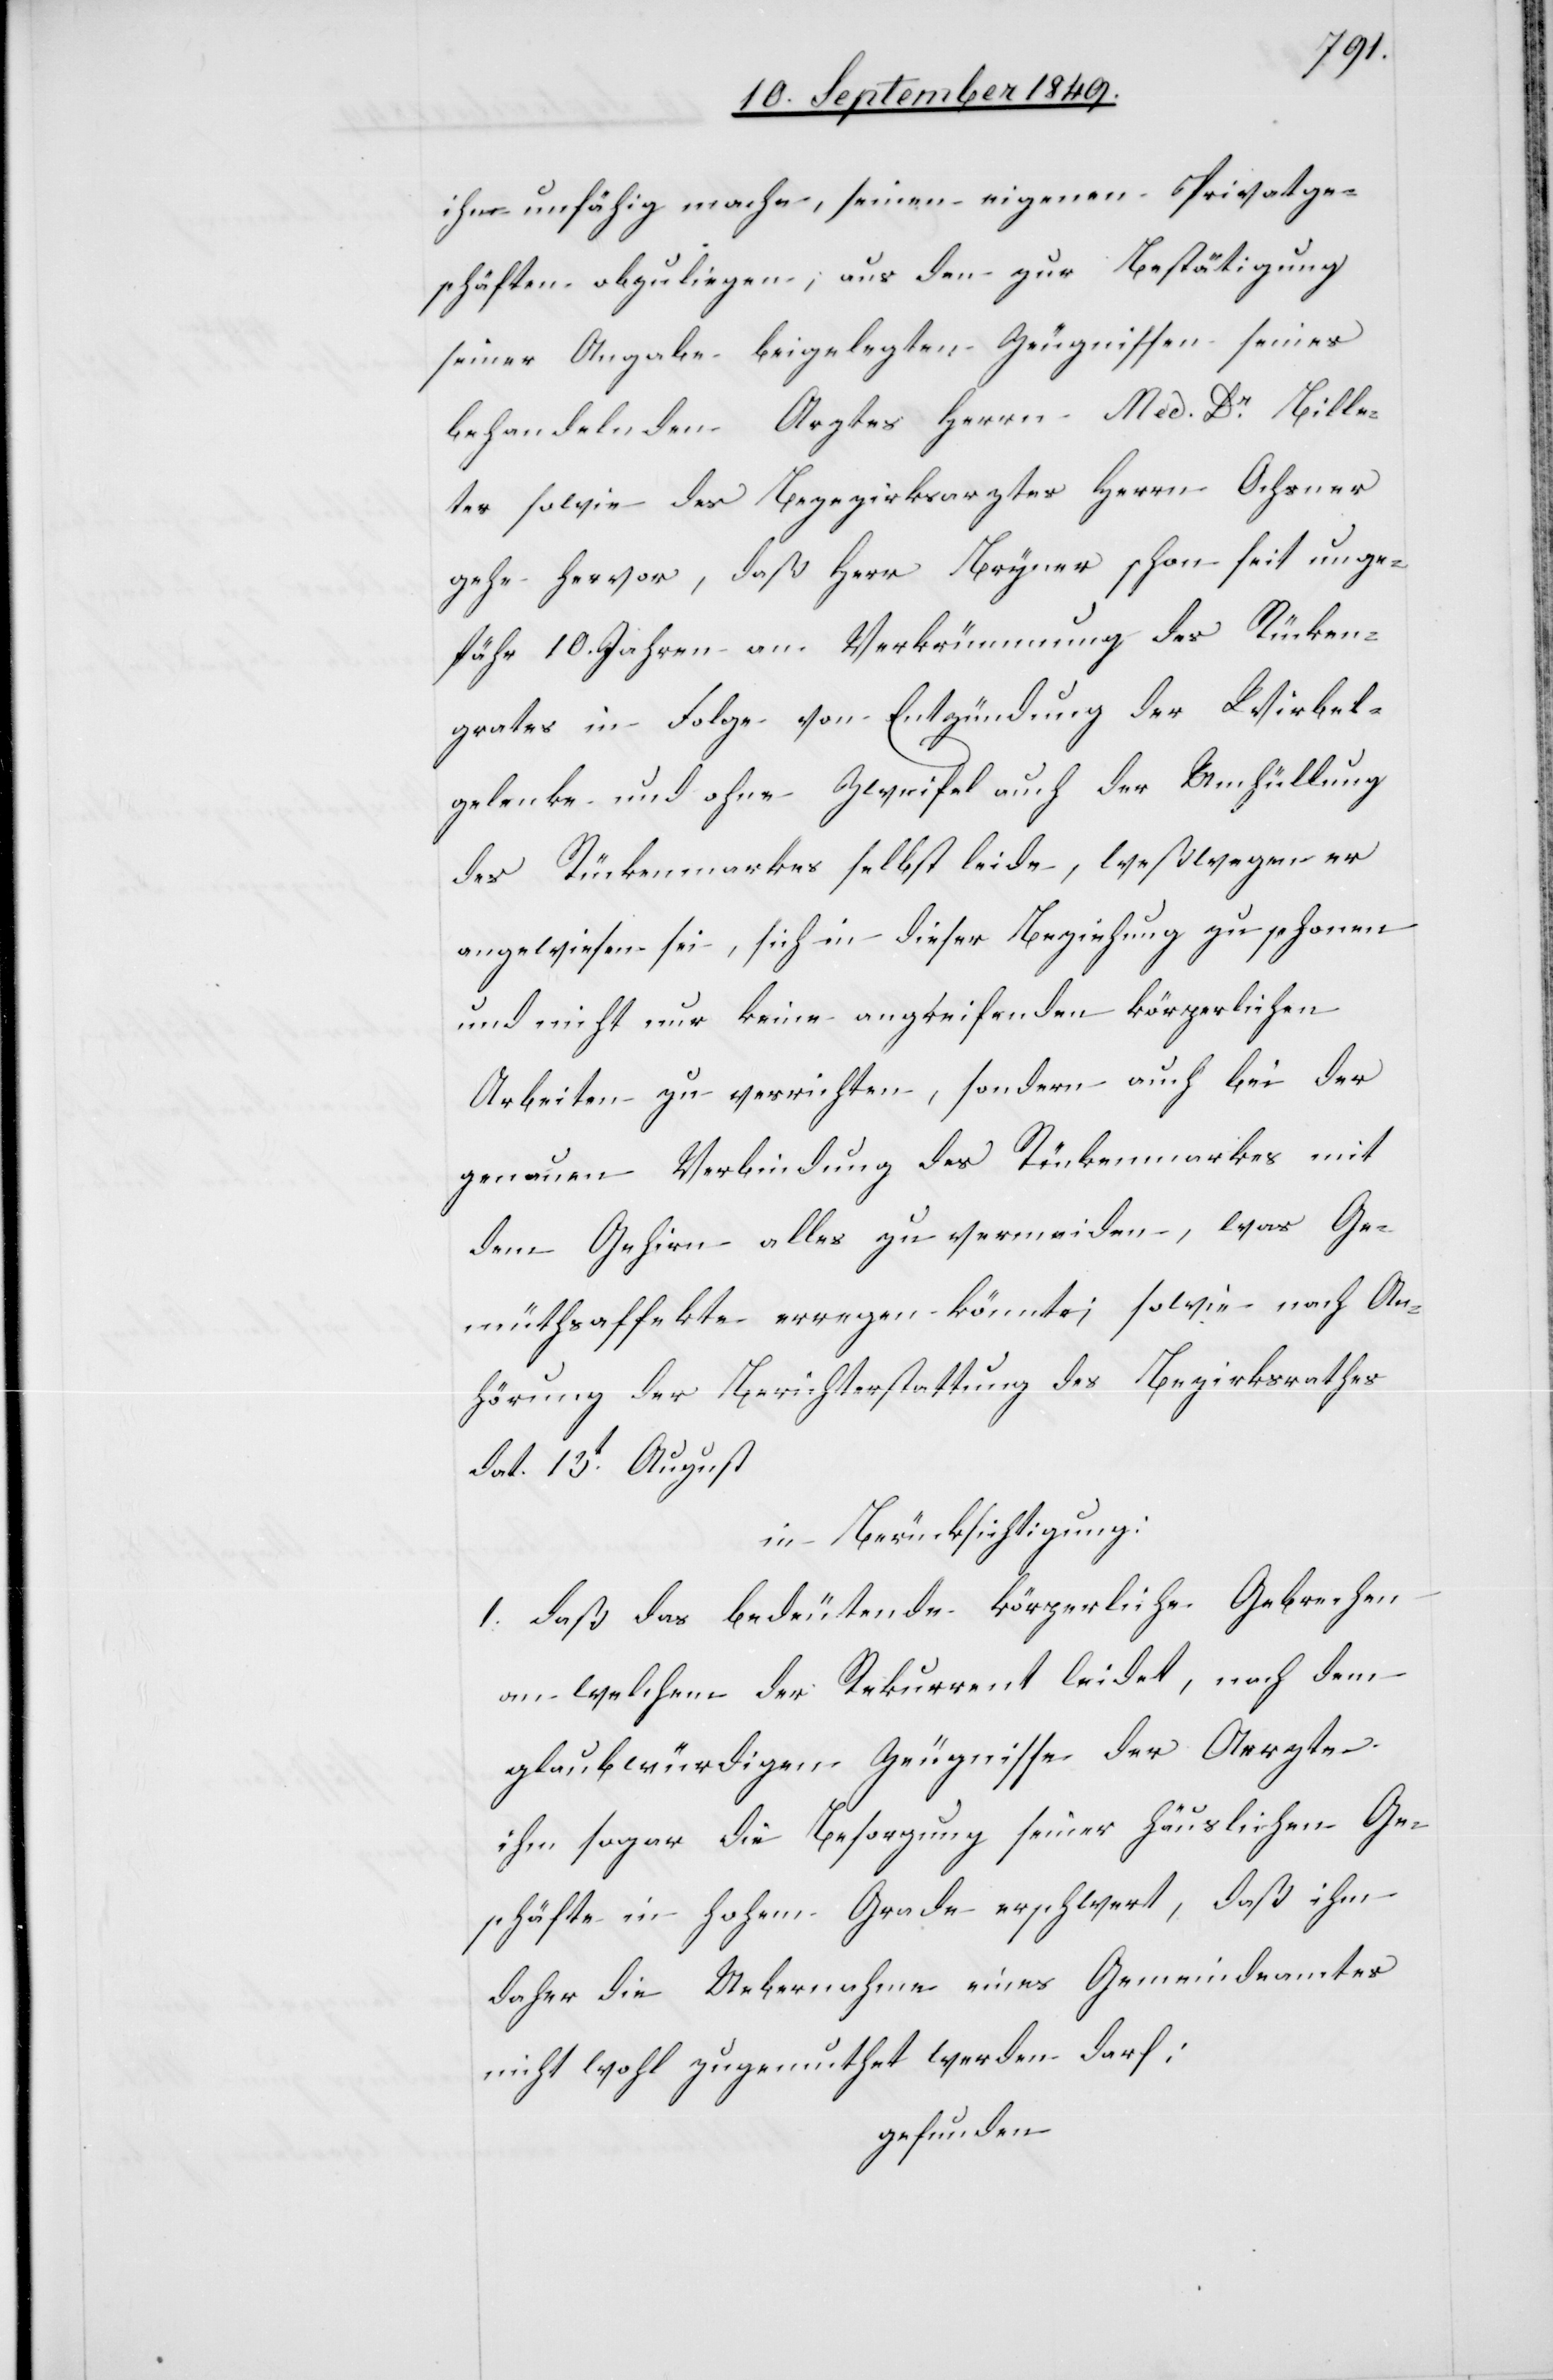
ihn unfähig mache, seinen eigenen Privatge¬
schäften obzuliegen, aus den zur Bestätigung
seiner Angabe beigelegten Zeugnissen seines
behandelnden Arztes Herrn Med. Dr Bille¬
ter sowie des Bezirksarztes Herrn Ochsner
gehe hervor, daß Herr Bryner schon seit unge¬
fähr 10. Jahren an Verkrümmung des Rücken¬
grates in Folge von Entzündung der Wirbel¬
gelenke und ohne Zweifel auch der Umhüllung
des Rückenmarkes selbst leide, weßwegen er
angewiesen sei, sich in dieser Beziehung zu schonen
und nicht nur keine angreifenden körperlichen
Arbeiten zu verrichten, sondern auch bei der
genauen Verbindung des Rückenmarkes mit
dem Gehirn alles zu vermeiden, was Ge¬
müthsaffekte erregen könnte; sowie nach An¬
hörung der Berichterstattung des Bezirksrathes
dat. 13t August
in Berücksichtigung:
1. daß das bedeutende körperliche Gebrechen
an welchem der Rekurrent leidet, nach dem
glaubwürdigen Zeugnisse der Aerzte
ihm sogar die Besorgung seiner häuslichen Ge¬
schäfte in hohem Grade erschwert, daß ihm
daher die Uebernahme eines Gemeindeamtes
nicht wohl zugemuthet werden darf:
gefunden